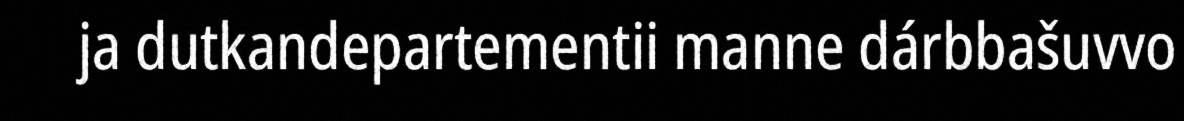
ja dutkandepartementii manne dárbbašuvvo